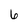
Character: 6